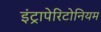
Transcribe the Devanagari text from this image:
इंट्रापेरिटोनियम